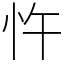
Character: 忤